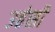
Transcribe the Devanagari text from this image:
उहंसी